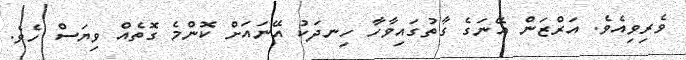
ވެރިވިއެވެ. އަރްޒަން އޭނަގެ ގާތުގައިވާހާ ހިނދަކު އޭނައަށް ކޮންމެ ގޮތެއް ވިޔަސް ހެވެ.